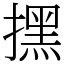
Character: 㩏